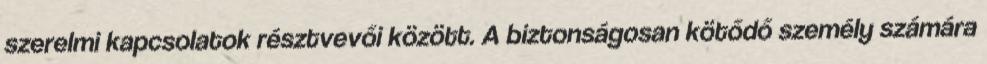
szerelmi kapcsolatok résztvevői között. A biztonságosan kötődő személy számára